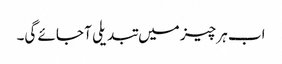
اب ہر چیز میں تبدیلی آ جائے گی۔